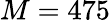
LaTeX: M=475